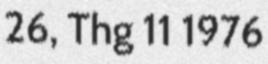
26, Thg 11 1976